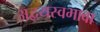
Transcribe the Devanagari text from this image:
अद्वयस्वभावा